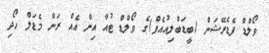
ވޯލްޑް ފެޑެރޭޝަން (ބީޑަބްލިއުއެފް)ގެ ވޯލްޑް ޓުއާ އިން އެއް ރަން މެޑަލް ހޯދި